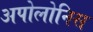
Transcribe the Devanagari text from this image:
अपोलोनिस